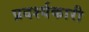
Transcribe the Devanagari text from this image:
प्रदर्श्यकारी